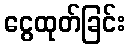
ငွေထုတ်ခြင်း